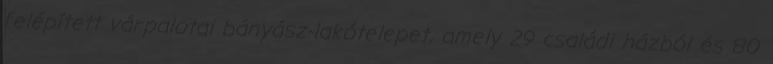
felépített várpalotai bányász-lakótelepet, amely 29 családi házból és 80